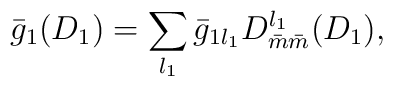
\bar{g}_1(D_1) = \sum_{l_1} \bar{g}_{1l_1} D^{l_1}_{\bar{m}\bar{m}}(D_1),